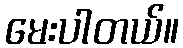
မေးပါတယ်။